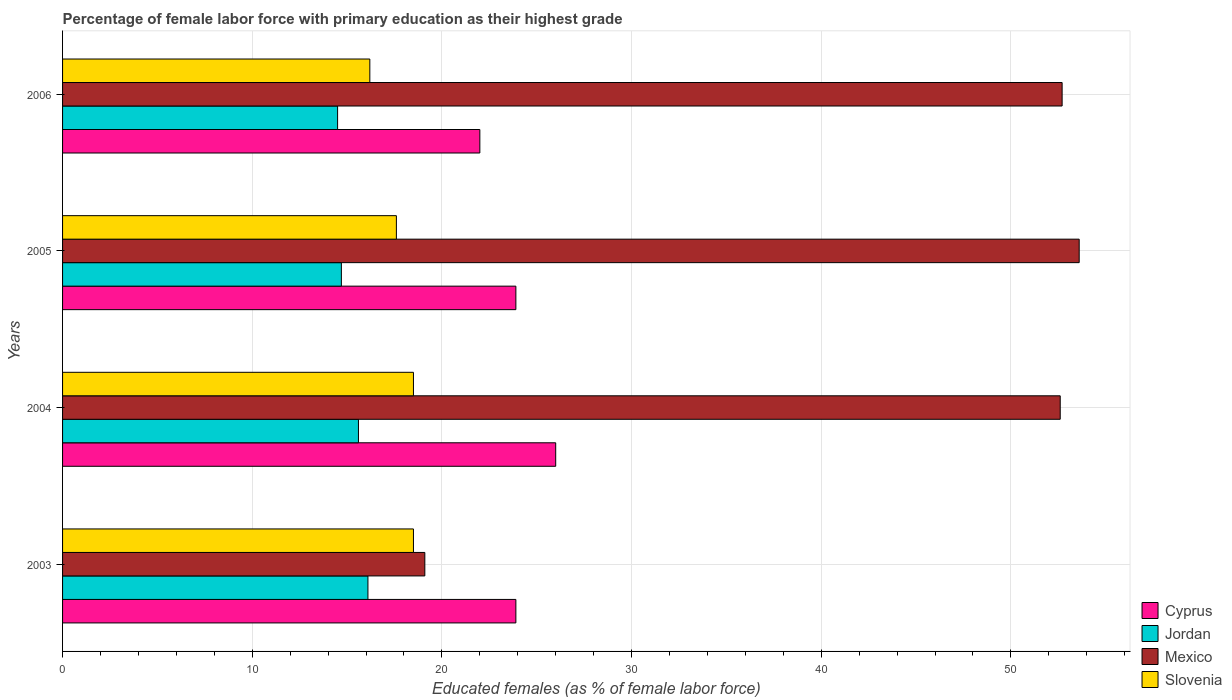
| Years | Cyprus | Jordan | Mexico | Slovenia |
 | --- | --- | --- | --- | --- |
 | 2003 | 23.9 | 16.1 | 19.1 | 18.5 |
 | 2004 | 26 | 15.6 | 52.6 | 18.5 |
 | 2005 | 23.9 | 14.7 | 53.6 | 17.6 |
 | 2006 | 22 | 14.5 | 52.7 | 16.2 |